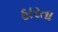
ઠારતા